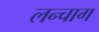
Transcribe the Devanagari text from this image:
लन्चाग